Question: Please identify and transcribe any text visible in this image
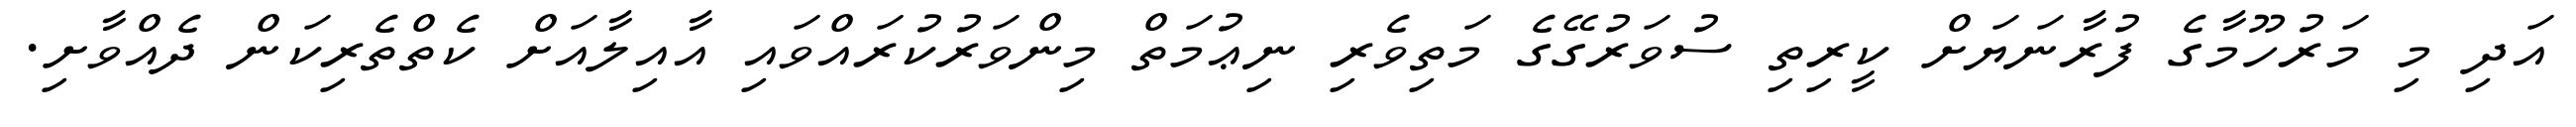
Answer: އަދި މި މަރުހޫމާގެ ފުރާނަޔަށް ކީރިތި ސުވަރުގޭގެ މަތިވެރި ނިޢުމަތް މިންވަރުކުރައްވައި އާއިލާއަށް ކެތްތެރިކަން ދެއްވާށި.